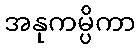
အနုကမ္ပိကာ